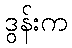
ဒွန်းက